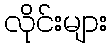
လိုင်းများ